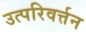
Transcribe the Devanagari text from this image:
उत्परिवर्त्तन